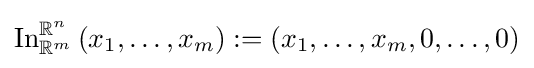
\operatorname {In} _{\mathbb {R} ^{m}}^{\mathbb {R} ^{n}}\left(x_{1},\ldots ,x_{m}\right):=\left(x_{1},\ldots ,x_{m},0,\ldots ,0\right)